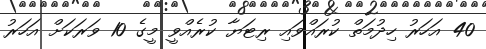
40 އަހަރު ހިދުމަތް ކުރައްވައި ރިޓަޔާ ކުރެއްވީ މީގެ 10 ވަރަކަށް އަހަރު